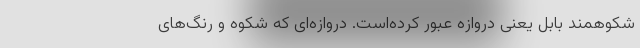
شکوهمند بابل یعنی دروازه عبور کرده‌است. دروازه‌ای که شکوه و رنگ‌های